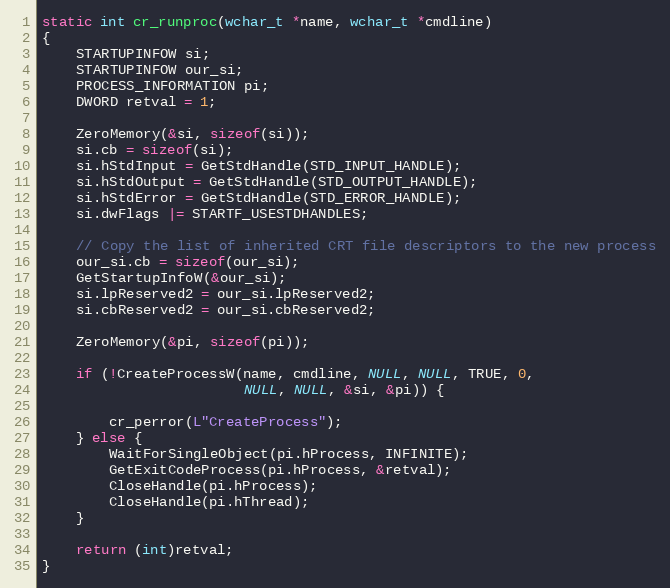
Language: C
static int cr_runproc(wchar_t *name, wchar_t *cmdline)
{
    STARTUPINFOW si;
    STARTUPINFOW our_si;
    PROCESS_INFORMATION pi;
    DWORD retval = 1;

    ZeroMemory(&si, sizeof(si));
    si.cb = sizeof(si);
    si.hStdInput = GetStdHandle(STD_INPUT_HANDLE);
    si.hStdOutput = GetStdHandle(STD_OUTPUT_HANDLE);
    si.hStdError = GetStdHandle(STD_ERROR_HANDLE);
    si.dwFlags |= STARTF_USESTDHANDLES;

    // Copy the list of inherited CRT file descriptors to the new process
    our_si.cb = sizeof(our_si);
    GetStartupInfoW(&our_si);
    si.lpReserved2 = our_si.lpReserved2;
    si.cbReserved2 = our_si.cbReserved2;

    ZeroMemory(&pi, sizeof(pi));

    if (!CreateProcessW(name, cmdline, NULL, NULL, TRUE, 0,
                        NULL, NULL, &si, &pi)) {

        cr_perror(L"CreateProcess");
    } else {
        WaitForSingleObject(pi.hProcess, INFINITE);
        GetExitCodeProcess(pi.hProcess, &retval);
        CloseHandle(pi.hProcess);
        CloseHandle(pi.hThread);
    }

    return (int)retval;
}